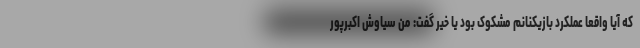
که آیا واقعا عملکرد بازیکنانم مشکوک بود یا خیر گفت: منِ سیاوش اکبرپور